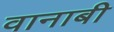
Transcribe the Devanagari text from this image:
वानाबी